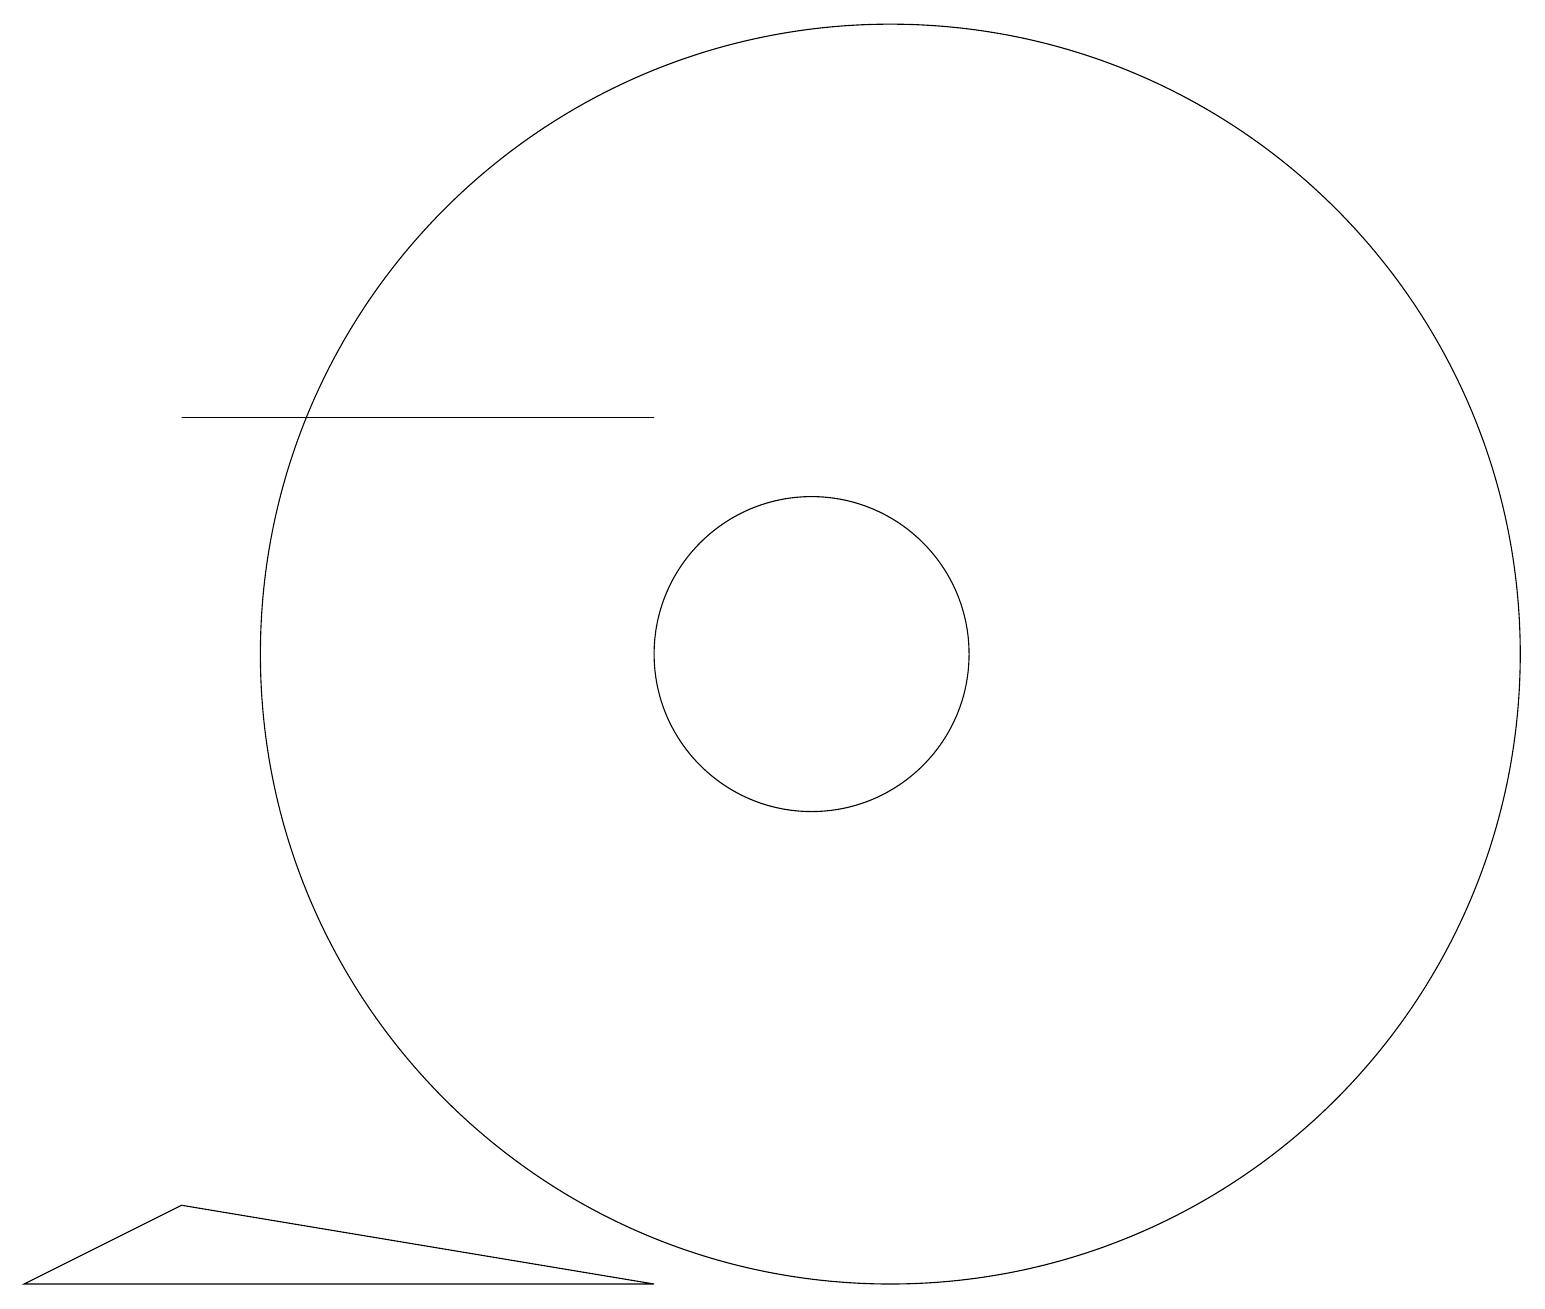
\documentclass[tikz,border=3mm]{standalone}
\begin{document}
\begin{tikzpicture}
\draw (11,11) circle (8);
\draw (0,3) -- (8,3) -- (2,4) -- cycle;
\draw (2,14) rectangle (8,14);
\draw (10,11) circle (2);
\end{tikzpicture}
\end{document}